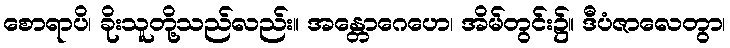
စောရာပိ၊ ခိုးသူတို့သည်လည်း။ အန္တောဂေဟေ၊ အိမ်တွင်း၌။ ဒီပံဇာလေတွာ၊